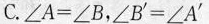
C.$$\angle A = \angle B$$，$$\angle B^{'} = \angle A^{'}$$